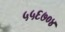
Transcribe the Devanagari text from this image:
५५६७०४